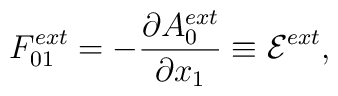
F_{01}^{ext} = - \frac{{\partial}A_0^{ext}}{{\partial}x_1}\equiv {\cal E}^{ext},